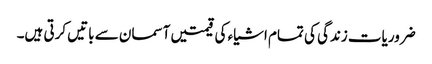
ضروریات زندگی کی تمام اشیاء کی قیمتیں آسمان سے باتیں کرتی ہیں۔